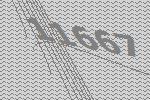
11667